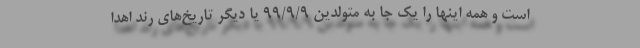
است و همه اینها را یک جا به متولدین 99/9/9 یا دیگر تاریخ‌های رند اهدا